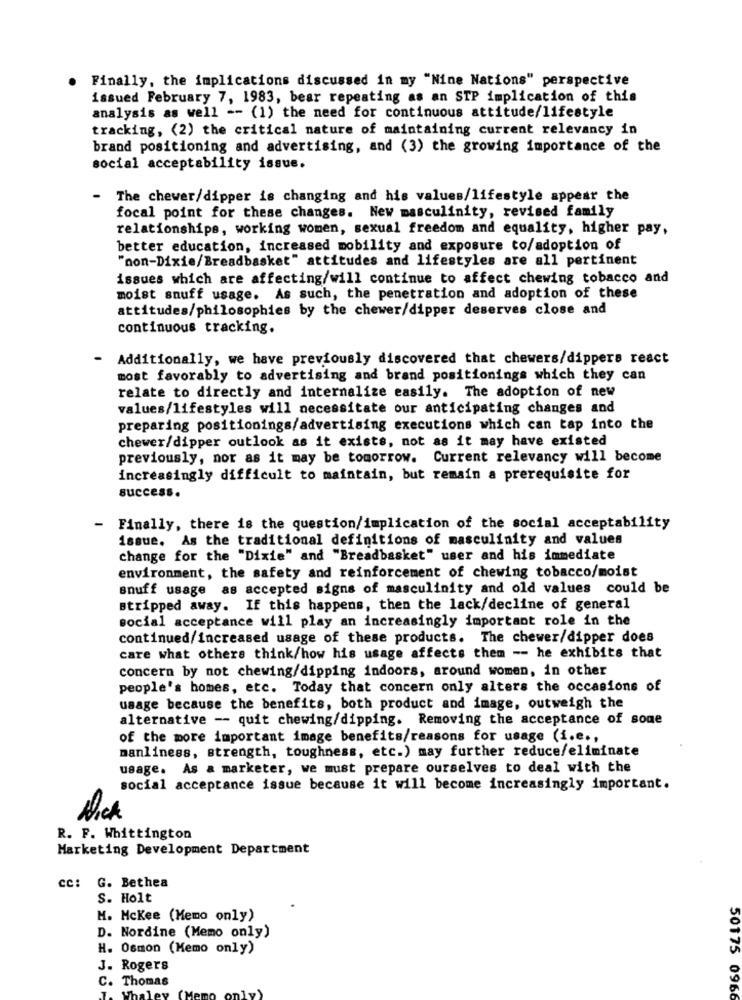
Finally, the implications discussed in my "Nine Nations" perspective
issued February 7, 1983, bear repeating as an STP implication of this
analysis as well -- (1) the need for continuous attitude/lifestyle
tracking, (2) the critical nature of maintaining current relevancy in
brand positioning and advertising, and (3) the growing importance of the
social acceptability issue.
The chewer/dipper is changing and his values/lifestyle appear the
focal point for these changes. New masculinity, revised family
relationships, working women, sexual freedom and equality, higher pay,
better education, increased mobility and exposure co/adoption of
"non-Dixie/Breadbasket" attitudes and lifestyles are all pertinent
issues which are affecting/will continue to affect chewing tobacco and
moist snuff usage. As such, the penetration and adoption of these
attitudes/philosophies by the chewer/dipper deserves close and
continuous tracking.
- Additionally, we have previously discovered that chewers/dippers react
most favorably to advertising and brand positionings which they can
relate to directly and internalize easily. The adoption of new
values/lifestyles will necessitate our anticipating changes and
preparing positionings/advertising executions which can tap into the
chewer/dipper outlook as it exists, not as it may have existed
previously, nor as it may be tomorrow. Current relevancy will become
increasingly difficult to maintain, but remain a prerequisite for
success.
-
Finally, there is the question/implication of the social acceptability
issue. As the traditional definitions of masculinity and values
change for the "Dixie" and "Breadbasket" user and his immediate
environment, the safety and reinforcement of chewing tobacco/moist
snuff usage as accepted signs of masculinity and old values could be
stripped away. If this happens, then the lack/decline of general
social acceptance will play an increasingly important role in the
continued/increased usage of these products. The chewer/dipper does
care what others think/how his usage affects them -- he exhibits that
concern by not chewing/dipping indoors, around women, in other
people's homes, etc. Today that concern only alters the occasions of
usage because the benefits, both product and image, outweigh the
alternative -- quit chewing/dipping. Removing the acceptance of some
of the more important image benefits/reasons for usage (i.e .,
manliness, strength, toughness, etc.) may further reduce/eliminate
usage. As a marketer, we must prepare ourselves to deal with the
social acceptance issue because it will become increasingly important.
R. F. Whittington
Marketing Development Department
cc: G. Bethea
S. Holt
M. Mckee (Memo only)
D. Nordine (Memo only)
H. Osmon (Memo only)
J. Rogers
C. Thomas
50175 0966